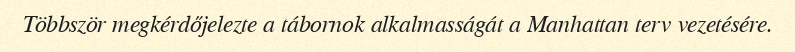
Többször megkérdőjelezte a tábornok alkalmasságát a Manhattan terv vezetésére.